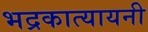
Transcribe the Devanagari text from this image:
भद्रकात्यायनी